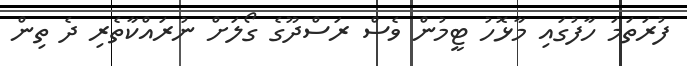
ފުރަތަމަ ހާފުގައި މާޅޮހު ޓީމުން ވެސް ރަސްދޫގެ ގޯލަށް ނުރައްކާތެރި ދެ ތިން